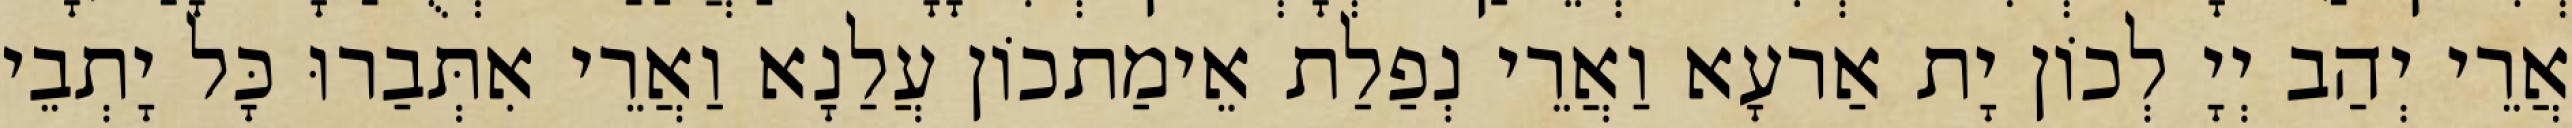
אֲרֵי יְהַב יְיָ לְכוֹן יָת אַרעָא וַאֲרֵי נְפַלַת אֵימַתכוֹן עֲלַנָא וַאֲרֵי אִתְּבַרוּ כָּל יָתְבֵי